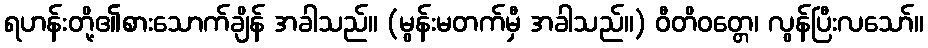
ရဟန်းတို့၏စားသောက်ချိန် အခါသည်။ (မွန်းမတက်မှီ အခါသည်။) ဝီတိဝတ္တေ၊ လွန်ပြီးလသော်။